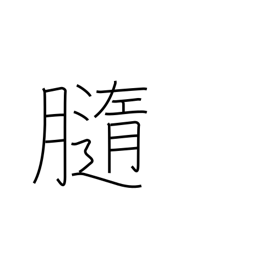
Meaning: pith